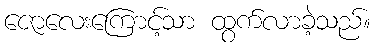
ဇောလေးကြောင့်သာ ထွက်လာခဲ့သည်။